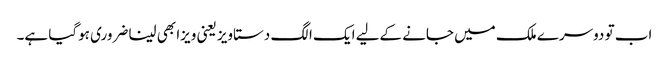
اب تو دوسرے ملک میں جانے کےلیے ایک الگ دستاویز یعنی ویزا بھی لینا ضروری ہوگیا ہے۔